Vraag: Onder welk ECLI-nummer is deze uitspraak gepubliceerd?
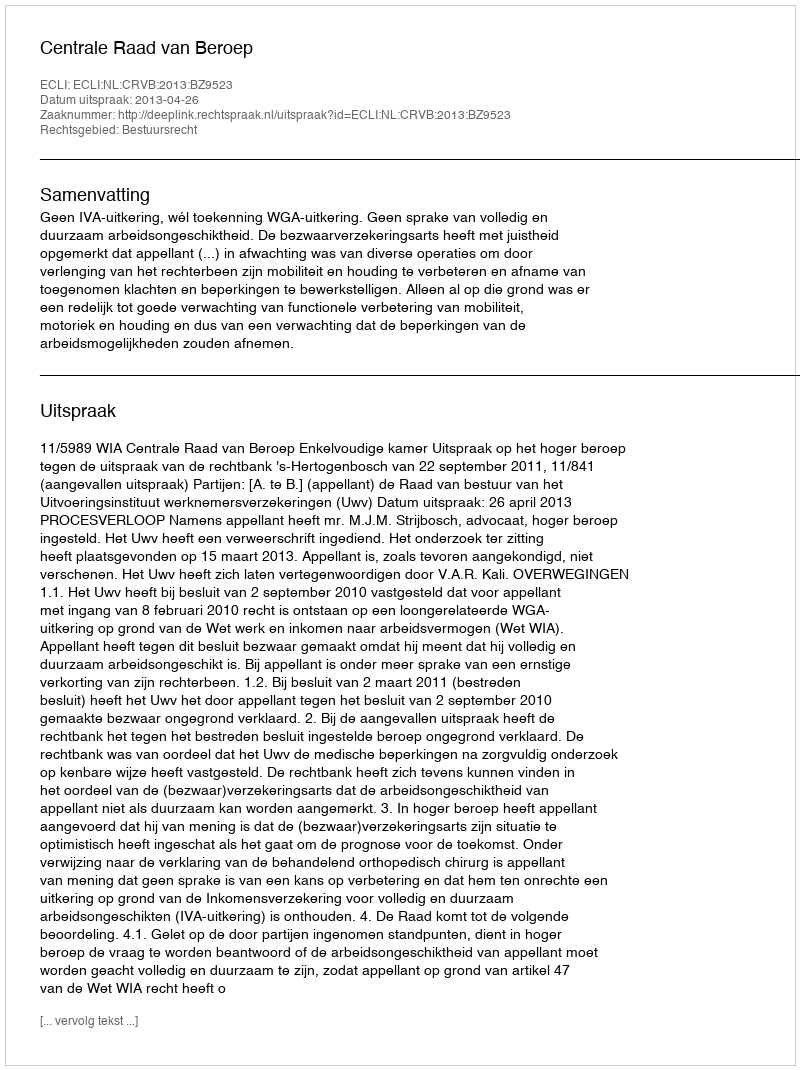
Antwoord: ECLI:NL:CRVB:2013:BZ9523